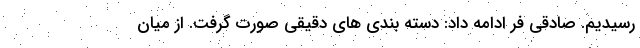
رسیدیم. صادقی فر ادامه داد: دسته بندی های دقیقی صورت گرفت. از میان